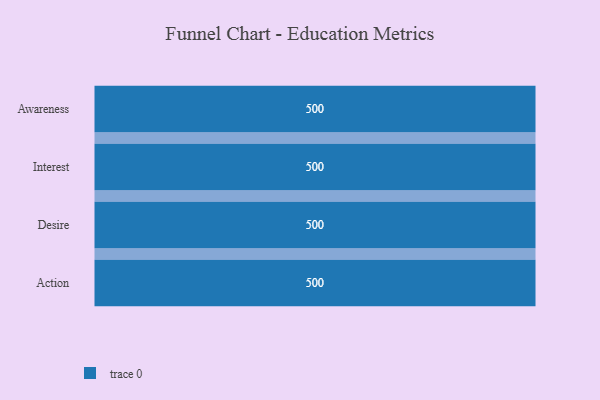
{"axis": {"x": "Stage", "y": "Value"}, "legend": [""], "data": [{"x": "Awareness", "y": 500, "type": ""}, {"x": "Interest", "y": 500, "type": ""}, {"x": "Desire", "y": 500, "type": ""}, {"x": "Action", "y": 500, "type": ""}]}